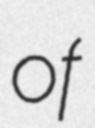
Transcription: of